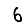
Digit: 6